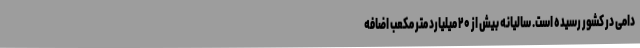
دامی در کشور رسیده است. سالیانه بیش از ۲۰ میلیارد متر مکعب اضافه